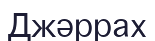
Джәррах